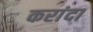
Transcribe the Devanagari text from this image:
करांदा